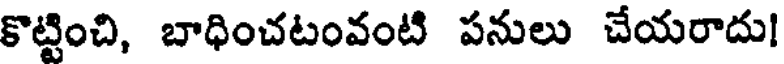
కొట్టించి, బాధించటంవంటి పనులు చేయరాదు!